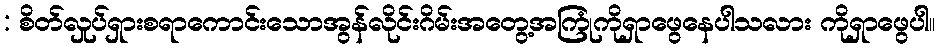
: စိတ်လှုပ်ရှားစရာကောင်းသောအွန်လိုင်းဂိမ်းအတွေ့အကြုံကိုရှာဖွေနေပါသလား ကိုရှာဖွေပါ။